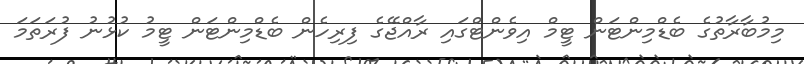
މިމުބާރާތުގެ ބެޑްމިންޓަން ޓީމް އިވެންޓްގައި ރާއްޖޭގެ ފިރިހެން ބެޑްމިންޓަން ޓީމު ކުޅުނު ފުރަތަމަ